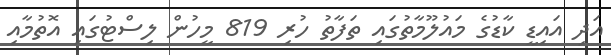
އަދި އައިޑީ ކާޑުގެ މައުލޫމާތުގައި ތަފާތު ހުރި 819 މީހުން ލިސްޓުގައި އޮތުމާއި